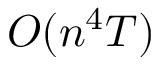
O ( n ^ { 4 } T )